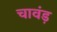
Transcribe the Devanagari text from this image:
चावंड़